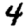
Digit: 4